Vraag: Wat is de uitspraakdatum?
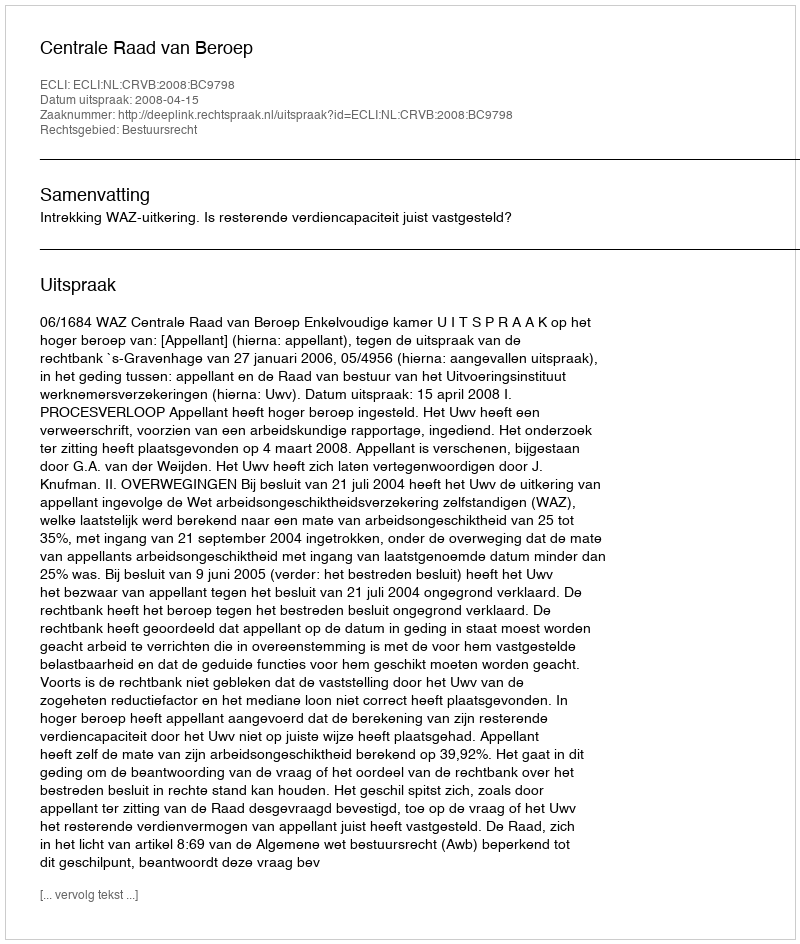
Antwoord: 2008-04-15